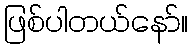
ဖြစ်ပါတယ်နော်။